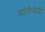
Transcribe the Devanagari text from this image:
शांतीवादी